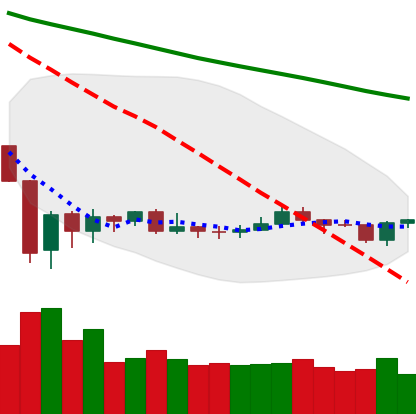
Ticker: XRP-USD
Chart end date: 2020-01-04
Forward return: 5.425%
Label: up_5_7